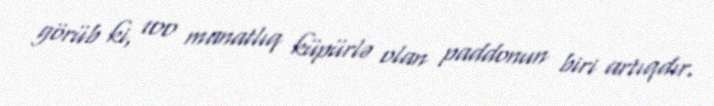
görüb ki, 100 manatlıq küpürlə olan paddonun biri artıqdır.